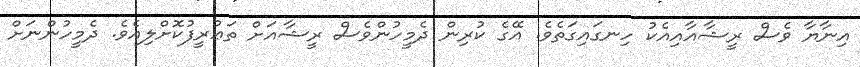
އިނާޔާ ވެސް ރީޝާއާއިއެކު ހިނގައިގަތެވެ. އޭގެ ކުރިން ދެމީހުންވެސް ރީޝާއަށް ތަޢުރީފުކޮށްލިއެވެ. ދެމީހުންނަށް